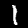
Label: 1